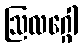
ဩလဂ္ဂေါ